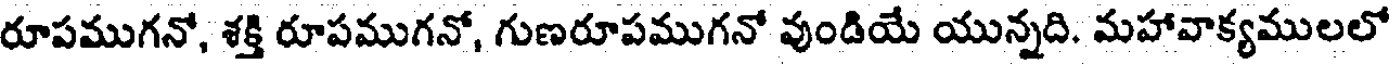
రూపముగనో, శక్తి రూపముగనో, గుణరూపముగనో వుండియే యున్నది. మహావాక్యములలో